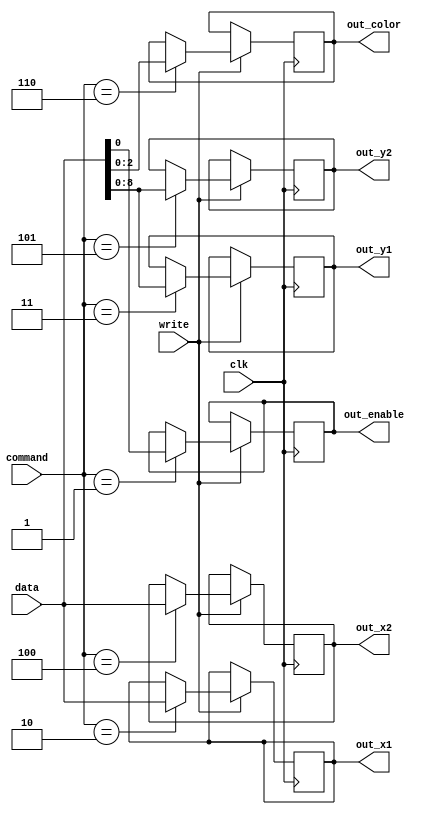
module sprite_reg(
	input wire clk,
	
	input wire       write,
	input wire [3:0] command,
	input wire [9:0] data,
	
	output wire       out_enable,
	output wire [9:0] out_x1,
	output wire [8:0] out_y1,
	output wire [9:0] out_x2,
	output wire [8:0] out_y2,
	output wire [2:0] out_color
);
	
	reg       spr_enable =  1'b1;
	reg [9:0] spr_x1     = 10'd0;
	reg [8:0] spr_y1     =  9'd0;
	reg [9:0] spr_x2     = 10'd100;
	reg [8:0] spr_y2     =  9'd100;
	reg [2:0] spr_color  =  3'b111;

	assign out_enable = spr_enable;
	assign out_x1     = spr_x1;
	assign out_y1     = spr_y1;
	assign out_x2     = spr_x2;
	assign out_y2     = spr_y2;
	assign out_color  = spr_color;

	always @(posedge clk) begin
		if (write) begin
			case (command)
			4'h1 : spr_enable = data[0];
			4'h2 : spr_x1     = data[9:0];
			4'h3 : spr_y1     = data[8:0];
			4'h4 : spr_x2     = data[9:0];
			4'h5 : spr_y2     = data[8:0];
			4'h6 : spr_color  = data[2:0];
			endcase
		end
	end
	
endmodule